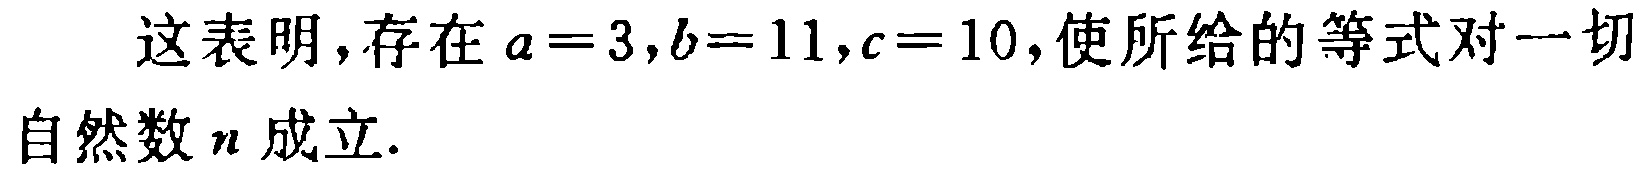
这表明，存在 \(a = 3,b = 11,c = 10\)，使所给的等式对一切自然数 \(n\) 成立.